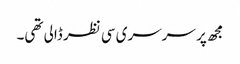
مجھ پر سرسری سی نظر ڈالی تھی۔